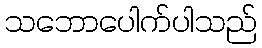
သဘောပေါက်ပါသည်